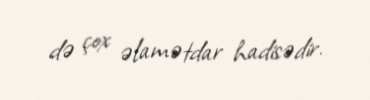
də çox əlamətdar hadisədir.